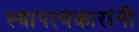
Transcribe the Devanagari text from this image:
स्थापत्यकारांनी